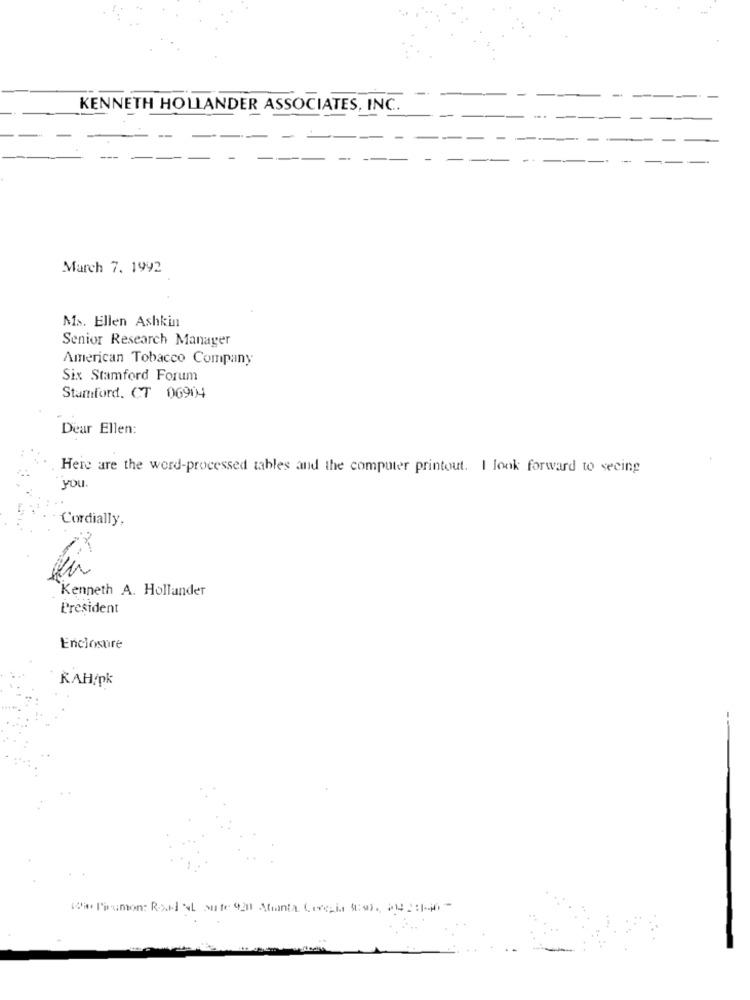
KENNETH HOLLANDER ASSOCIATES, INC.
March 7. 1992
Ms. Ellen Ashkin
Senior Research Manager
American Tobacco Company
Six Stamford Forum
Stamford. CT 06904
Dear Ellen:
Here are the word-processed tables and the computer printout. I look forward to seeing
you.
Cordially,
Kenneth A. Hollander
President
Enclosure
KAH/pk
--
(aliumon: Road SL sute 420 Atanta Cereais 4842, 04 :1-4-